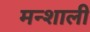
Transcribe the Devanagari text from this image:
मन्शाली